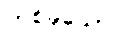
တစ်ခုသော